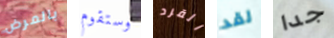
بالمرض وستقوم القرد لقد جدا